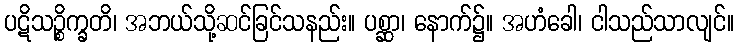
ပဋိသဉ္စိက္ခတိ၊ အဘယ်သို့ဆင်ခြင်သနည်း။ ပစ္ဆာ၊ နောက်၌။ အဟံခေါ၊ ငါသည်သာလျင်။